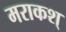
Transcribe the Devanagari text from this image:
मराकश्